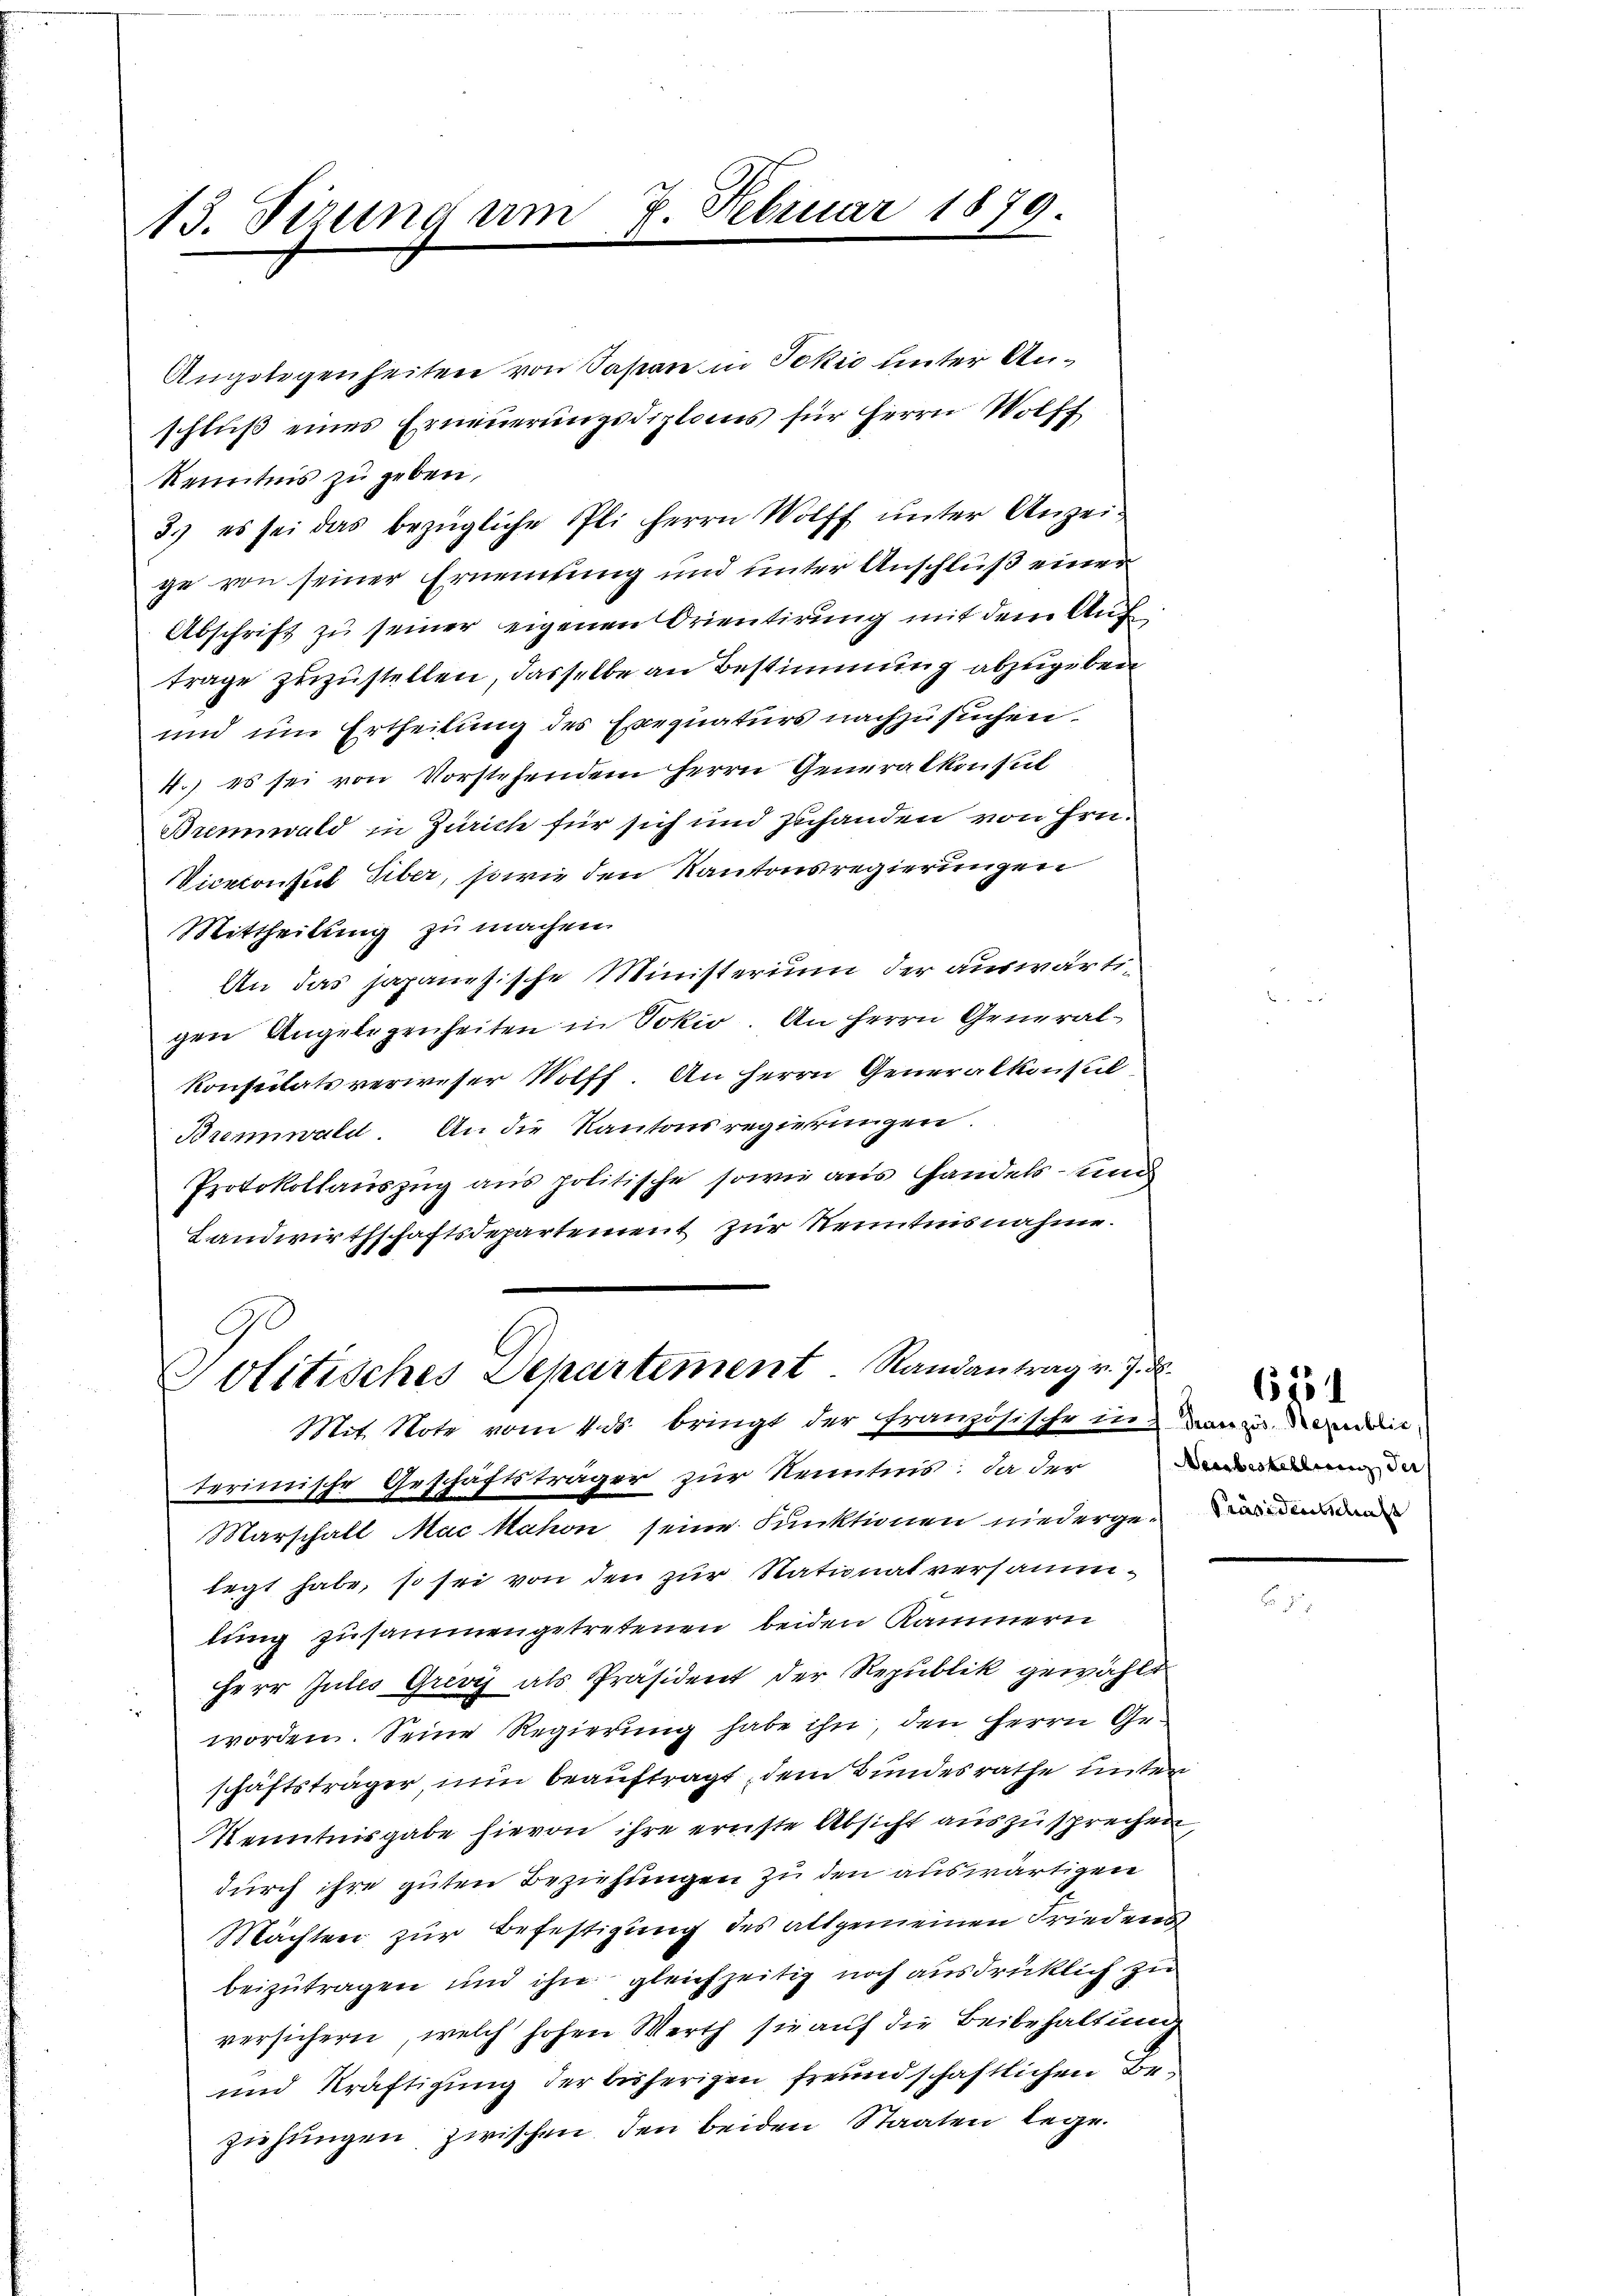
13. Sizung am 7. Februar 1879

Angelegenheiten von Sapian in Jokić hinter Anschlŭβ eines Erneuerungsdiplons für Herrn Wolff
Kenntnis zu geben,
3.) es sei das bezügliche Pli herrn Wolff unter Anzeige von seiner Ernennung und unter Anschluß einer
Abschrift zu seiner eigenen Orientirung mit dem Auf
trage zuzustellen, dasselbe an Bestimmung abzugeben
und um Ertheilung des Exequaturs nachzusuchen.
4.) es sei von Vorstehendem Herrn Generalkonsul
Brennwald in Zürich für sich und zuhanden von Hrn.
Vicekonsul Siber, sowie den Kantonsregierungen
Mittheilung zu machen.
An das japanesische Ministerium der auswärtigen Angelegenheiten in Sokio. An Herrn General¬
Konsuitätsverweser Wolff. An Herrn Generalkonsul
Brenwald. An die Kantonsregierungen.
Protokollauszug aus politische sowie aus Handels- und
Landwirthschaftsdepartement zur Kenntnisnahme.

Politisches Departement. Randantrag v. J.
Mit Note vom 4. ds. bringt der französische in dann mit

terimische Geschäftsträger zur Kenntnis: da der
Marschall Mac Nahon seine Funktionen niedergelegt habe, so sei von den zur Nationat versammlung zusammengetretenen beiden Kammern
Herr Jules Grivy als Präsident der Republik gewählt
worden. Seine Regierung habe ihn, den Herrn Geschäftsträger, nun beauftragt, dem Bundesrathe unter
Kenntnisgabe hievon ihre ernste Absicht auszusprechen,
durch ihre guten Beziehungen zu den auswärtigen
Mächten zŭr Befestigung des allgemeinen Friederen
beizutragen und ihn gleichzeitig noch ausdrücklich zu
versichern, welch hohen Werth sie auf die Beibehaltung
und Kräftigung der bisherigen freundschaftlichen Be-
ziehungen zwischen, den beiden Staaten lege.

.
Neubestellung der
Präsidentschaft

6754